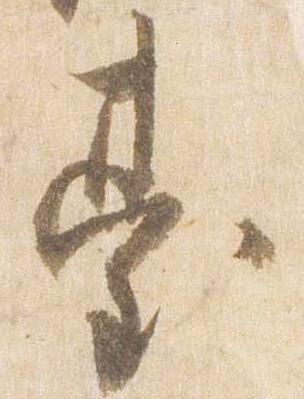
台